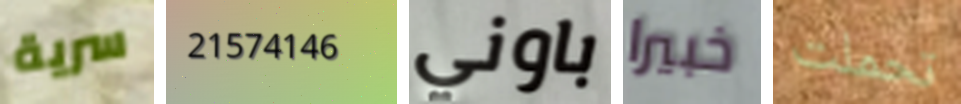
سرية 21574146 باوني خبيرا تحملت